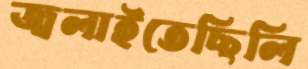
জ্বলাইতেছিলি